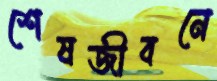
শেষজীবনে